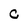
Character: C